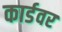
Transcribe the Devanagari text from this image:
कार्डवर